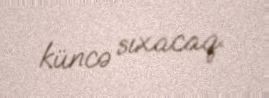
küncə sıxacaq.